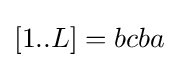
[1..L]=bcba